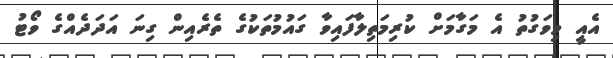
އެއީ މިވަގުތު އެ މަގާމަށް ކުރިމަތިލާފައިވާ ގައުމުތަކުގެ ތެރެއިން ގިނަ އަދަދެއްގެ ވޯޓު